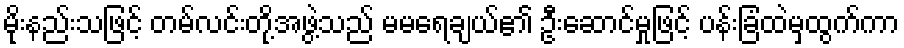
မိုးနည်းသဖြင့် တမ်လင်းတို့အဖွဲ့သည် မမရေချယ်၏ ဦးဆောင်မှုဖြင့် ပန်းခြံထဲမှထွက်ကာ